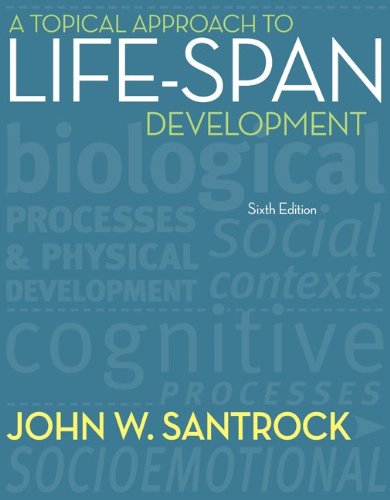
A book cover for A Topical Approach to Life-Span Development; John Santrock; Health, Fitness & Dieting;